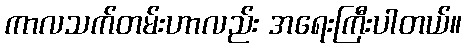
ကာလသက်တမ်းဟာလည်း အရေးကြီးပါတယ်။